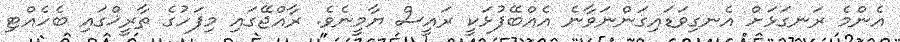
އެންމެ ރަނގަޅަށް އެނގިވަޑައިގަންނަވާނެ އެއްބޭފުޅަކީ ރައީސް ޔާމީނެވެ. ރާއްޖޭގައި މިފަހުގެ ތާރީޚްގައި ބެހެއްޓި